Report of the Indian Hemp Drugs Commission, 1894-1895 - Volume III
Year: 1894
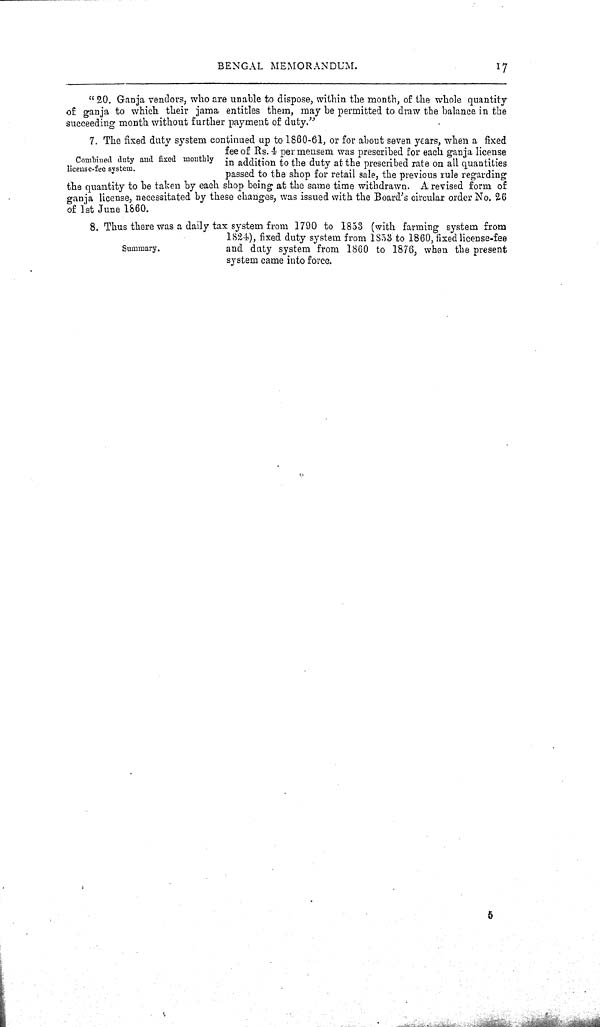
BENGAL MEMORANDUM.
17
"20. Ganja vendors, who are unable to dispose, within the month, of the whole quantity
of ganja to which their jama entitles them, may be permitted to draw the balance in the
succeeding month without further payment of duty."
Combined duty and fixed monthly
license-fee system.
7. The fixed duty system continued up to 1860-61, or for about seven years, when a fixed
fee of Rs. 4 per mensem was prescribed for each ganja license
in addition to the duty at the prescribed rate on all quantities
passed to the shop for retail sale, the previous rule regarding
the quantity to be taken by each shop being at the same time withdrawn. A revised form of
ganja license, necessitated by these changes, was issued with the Board's circular order No. 26
of 1st June 1860.
Summary.
8. Thus there was a daily tax system from 1790 to 1853 (with farming system from
1824), fixed duty system from 1853 to 1860, fixed license-fee
and duty system from 1860 to 1876, when the present
system came into force.
5